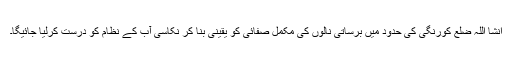
انشا اللہ ضلع کورنگی کی حدود میں برساتی نالوں کی مکمل صفائی کو یقینی بنا کر نکاسی آب کے نظام کو درست کرلیا جائیگا۔